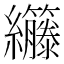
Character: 𫄘